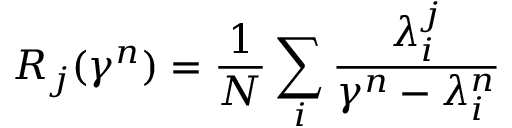
R _ { j } ( \gamma ^ { n } ) = \frac 1 N \sum _ { i } \frac { \lambda _ { i } ^ { j } } { \gamma ^ { n } - \lambda _ { i } ^ { n } }